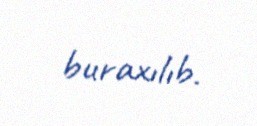
buraxılıb.